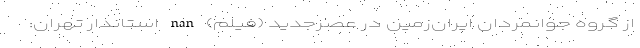
از گروه جوانمردان ایران‌زمین در عصرجدید (فیلم) nan استاندار تهران: